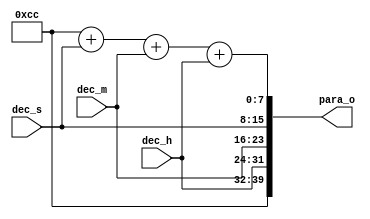
//////////////////////////////////////////////////////////////////////////////////
// Dependencies: 40bit
//////////////////////////////////////////////////////////////////////////////////
module data_gen
#(parameter HEADER = 8'hcc)  //
(
    input wire [7:0]    dec_s   ,
    input wire [7:0]    dec_m   ,
    input wire [7:0]    dec_h   ,
    
    output wire [39:0]  para_o  
);

    wire [7:0]  valid   ; //
    
    //1100_1100,IQ10100/1Gardner
    assign valid = HEADER + dec_s + dec_m + dec_h; //
    assign para_o = {HEADER, dec_h, dec_m, dec_s, valid};

endmodule